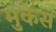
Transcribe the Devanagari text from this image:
मुकेस